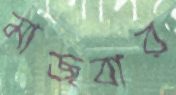
মাজবার